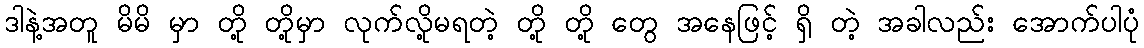
ဒါနဲ့အတူ မိမိ မှာ တို့ တို့မှာ လုက်လို့မရတဲ့ တို့ တို့ တွေ အနေဖြင့် ရှိ တဲ့ အခါလည်း အောက်ပါပုံ